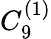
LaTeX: {C}_{9}^{(1)}